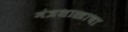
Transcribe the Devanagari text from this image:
मंत्रशास्त्राचा